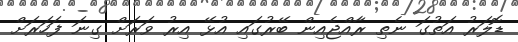
ޑޮލަރު އަތުގަ ނެތި ރާއްޖެއިން ބޭރުގައި އުޅޭ އިރު ވަރަށް ގިނަ ފަހަރަށް